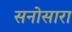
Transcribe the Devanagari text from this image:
सनोसारा